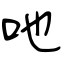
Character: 吔